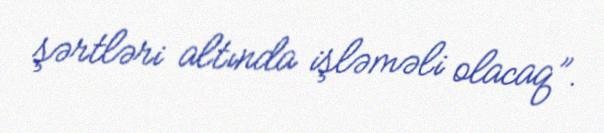
şərtləri altında işləməli olacaq”.